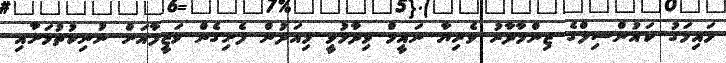
ޅައިމަގު ކައުންސިލްގެ ޒިންމާދާރު ވެރިޔާ ނައީމް ވިދާޅުވީ މިއަދުން ފެށިގެން ވަޒީފާއަށް ނުނިކުތުމަށާއި